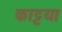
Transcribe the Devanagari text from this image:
काट्टया